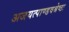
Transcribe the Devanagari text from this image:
अजयत्पाण्डवश्रेष्ठः